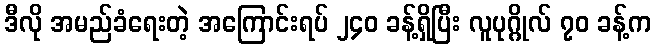
ဒီလို အမည်ခံရေးတဲ့ အကြောင်းရပ် ၂၄၀ ခန့်ရှိပြီး လူပုဂ္ဂိုလ် ၇၀ ခန့်က